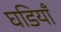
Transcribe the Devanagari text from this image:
घडियाँ